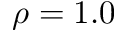
\rho = 1 . 0